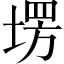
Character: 塄